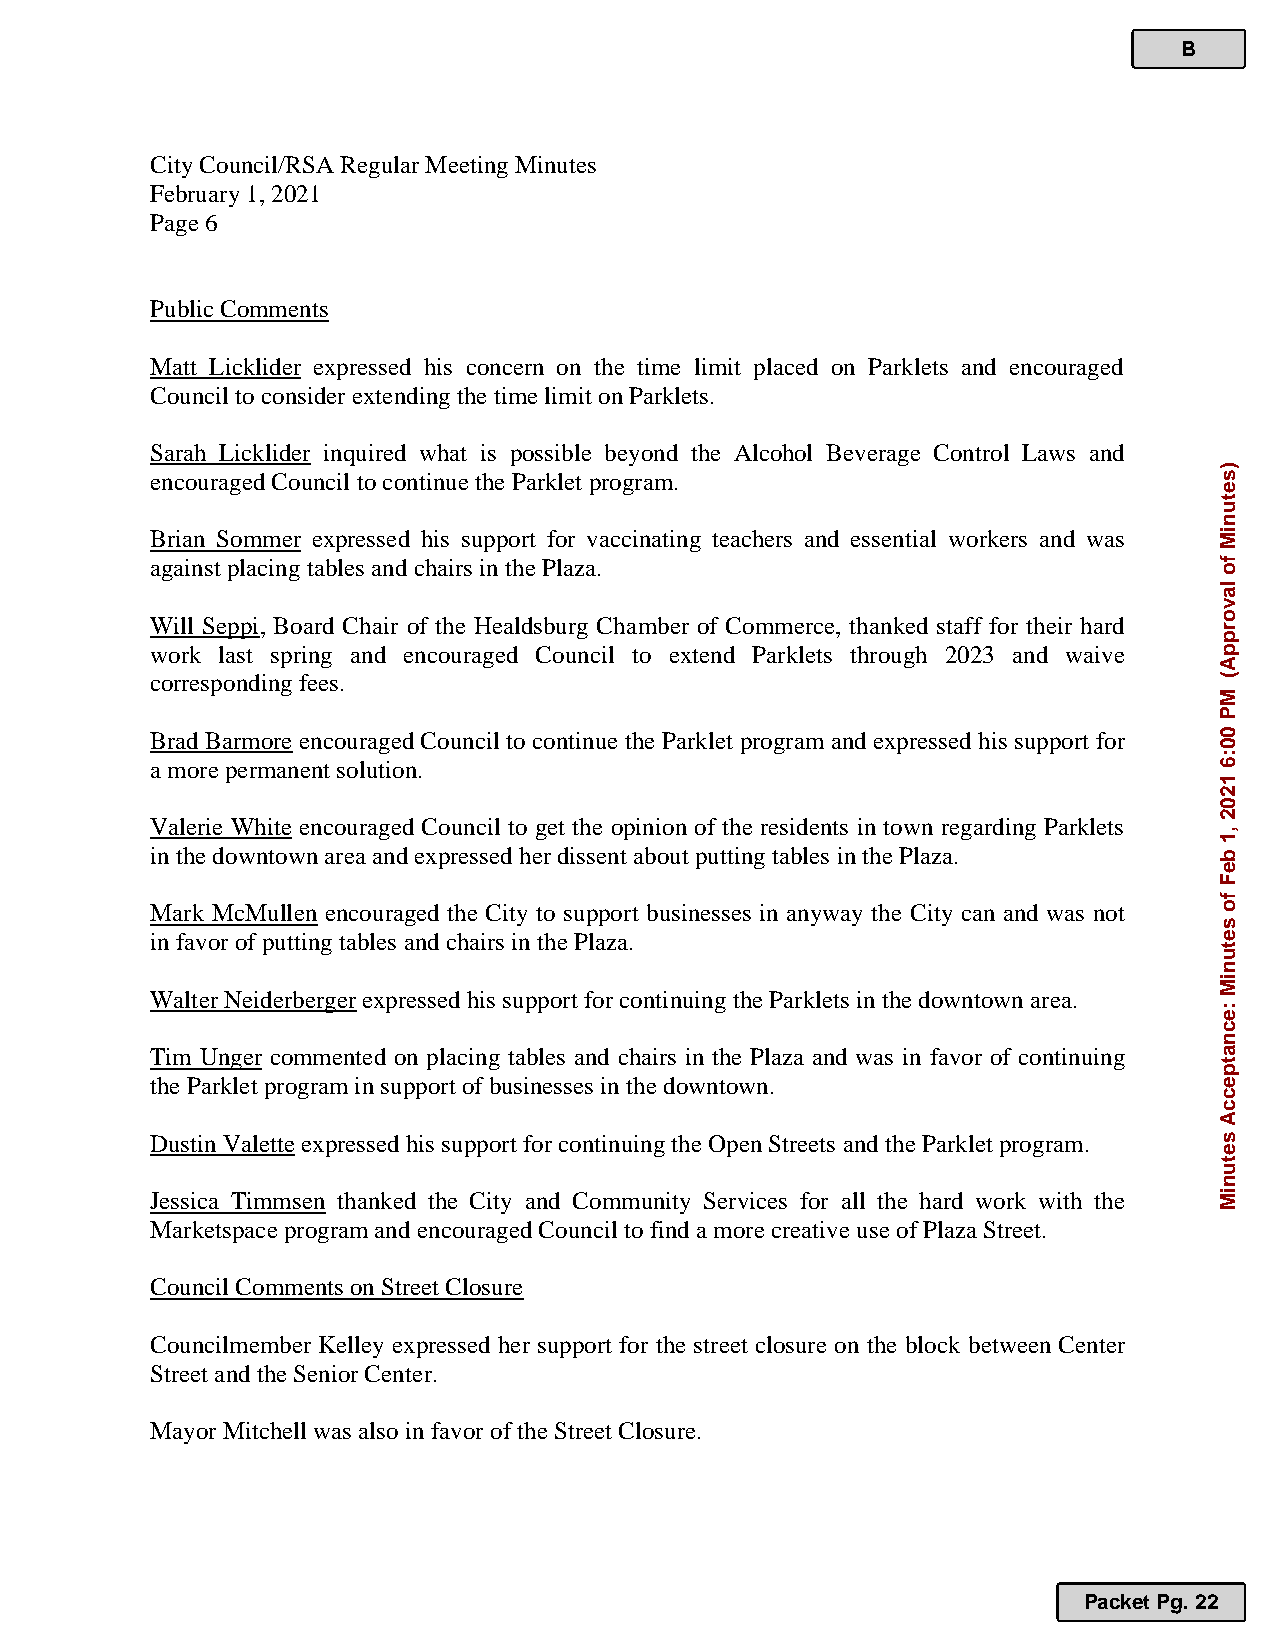
B
 City Council/RSA Regular Meeting Minutes
 February 1, 2021
 Page 6
 Public Comments
 Matt Licklider expressed his concern on the time limit placed on Parklets and encouraged
 Council to consider extending the time limit on Parklets.
 Sarah Licklider inquired what is possible beyond the Alcohol Beverage Control Laws and
 encouraged Council to continue the Parklet program.
 Brian Sommer expressed his support for vaccinating teachers and essential workers and was
 against placing tables and chairs in the Plaza.
 Will Seppi, Board Chair of the Healdsburg Chamber of Commerce, thanked staff for their hard
 work last spring and encouraged Council to extend Parklets through 2023 and waive
 corresponding fees.
 Brad Barmore encouraged Council to continue the Parklet program and expressed his support for
 a more permanent solution.
 Valerie White encouraged Council to get the opinion of the residents in town regarding Parklets
 in the downtown area and expressed her dissent about putting tables in the Plaza.
 Mark McMullen encouraged the City to support businesses in anyway the City can and was not
 in favor of putting tables and chairs in the Plaza.
 Walter Neiderberger expressed his support for continuing the Parklets in the downtown area.
 Tim Unger commented on placing tables and chairs in the Plaza and was in favor of continuing
 the Parklet program in support of businesses in the downtown.
 Dustin Valette expressed his support for continuing the Open Streets and the Parklet program.
 Jessica Timmsen thanked the City and Community Services for all the hard work with the
 Marketspace program and encouraged Council to find a more creative use of Plaza Street.
 Council Comments on Street Closure
 Councilmember Kelley expressed her support for the street closure on the block between Center
 Street and the Senior Center.
 Mayor Mitchell was also in favor of the Street Closure.
 Packet Pg. 22
 )setuniM
 fo
 lavorppA(
 MP
 00:6
 1202
 ,1
 beF
 fo
 setuniM
 :ecnatpeccA
 setuniM